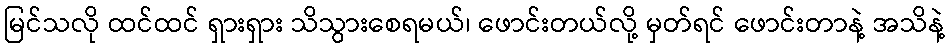
မြင်သလို ထင်ထင် ရှားရှား သိသွားစေရမယ်၊ ဖောင်းတယ်လို့ မှတ်ရင် ဖောင်းတာနဲ့ အသိနဲ့